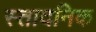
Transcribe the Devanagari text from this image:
स्तादनिक